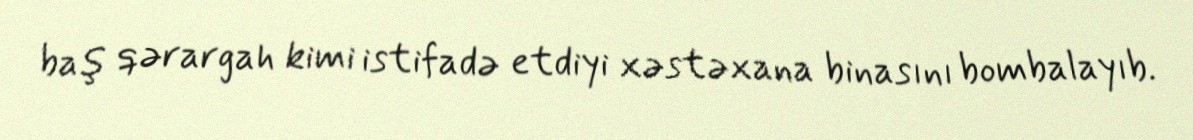
baş qərargah kimi istifadə etdiyi xəstəxana binasını bombalayıb.